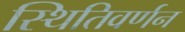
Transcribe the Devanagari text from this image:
स्थितिवर्णन